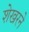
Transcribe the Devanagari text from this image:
शेखरने